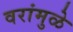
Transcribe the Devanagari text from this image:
वरांमुळे